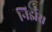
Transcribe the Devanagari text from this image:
निर्झर।